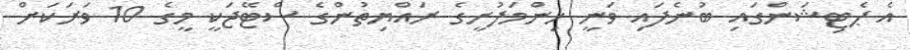
އެ ޕެޓިޝަންގައި ބުނެފައި ވަނީ ހިންމަފުށީގެ ރައްޔިތުންގެ ސްޓޭޖަކީ މީގެ 10 ވަރަކަށް